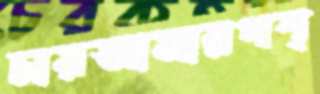
চায়আমারপশ্